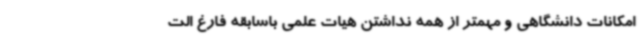
امکانات دانشگاهی و مهمتر از همه نداشتن هیات علمی باسابقه فارغ الت